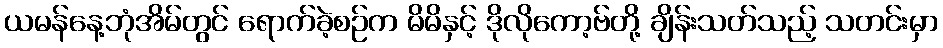
ယမန်နေ့ဘုံအိမ်တွင် ရောက်ခဲ့စဉ်က မိမိနှင့် ဒိုလိုကော့ဗ်တို့ ချိန်းသတ်သည့် သတင်းမှာ